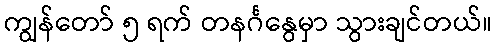
ကျွန်တော် ၅ ရက် တနင်္ဂနွေမှာ သွားချင်တယ်။